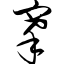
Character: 搴